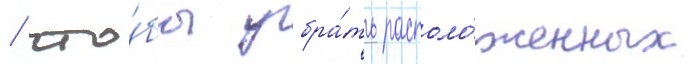
/ что́бы убра́ть располо́женных